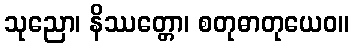
သုညော၊ နိဿတ္တော၊ စတုဓာတုယေဝ။